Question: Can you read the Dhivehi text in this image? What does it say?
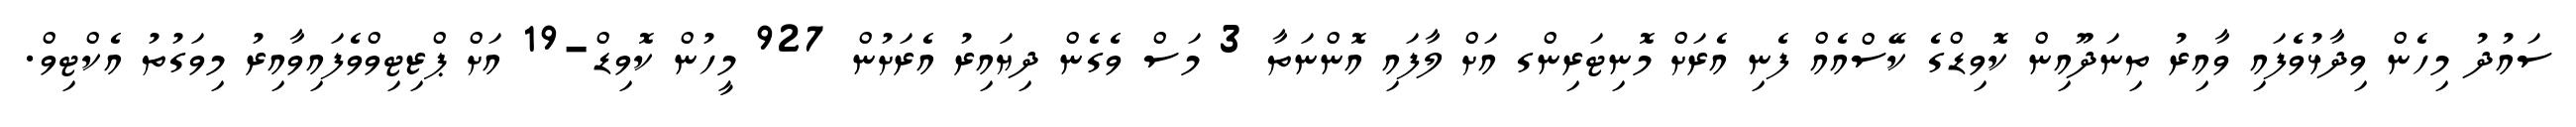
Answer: ސައުދު މިހެން ވިދާޅުވެފައި ވާއިރު ތިނަދޫއިން ކޮވިޑްގެ ކޭސްއެއް ފެނި އެރަށް މޮނިޓަރިންގ އަށް ލާފައި އޮންނަތާ 3 މަސް ވެގެން ދިޔައިރު އެރަށުން 927 މީހުން ކޮވިޑް-19 އަށް ޕްޒިޓިވްވެފައިވާއިރު މިވަގުތު އެކްޓިވް.